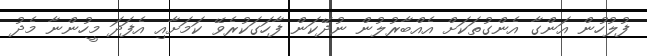
ފުލުހުން އަންގާ އެންގުތަކަށް އެއްބާރުލުން ނުދޭކަން ފާހަގަކުރެވޭ ކަމަށާއި އެފަދަ މީހުންނާ މެދު